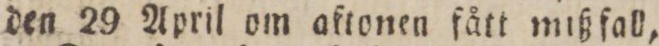
den 29 April om aftonen fått mißfall,